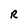
Character: R